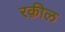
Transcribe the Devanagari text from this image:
रक़ील